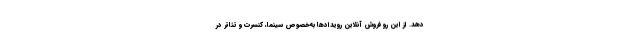
دهد. از این رو فروش آنلاین رویدادها به‌خصوص سینما، کنسرت و تئاتر در